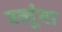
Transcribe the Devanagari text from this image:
रखूंगा